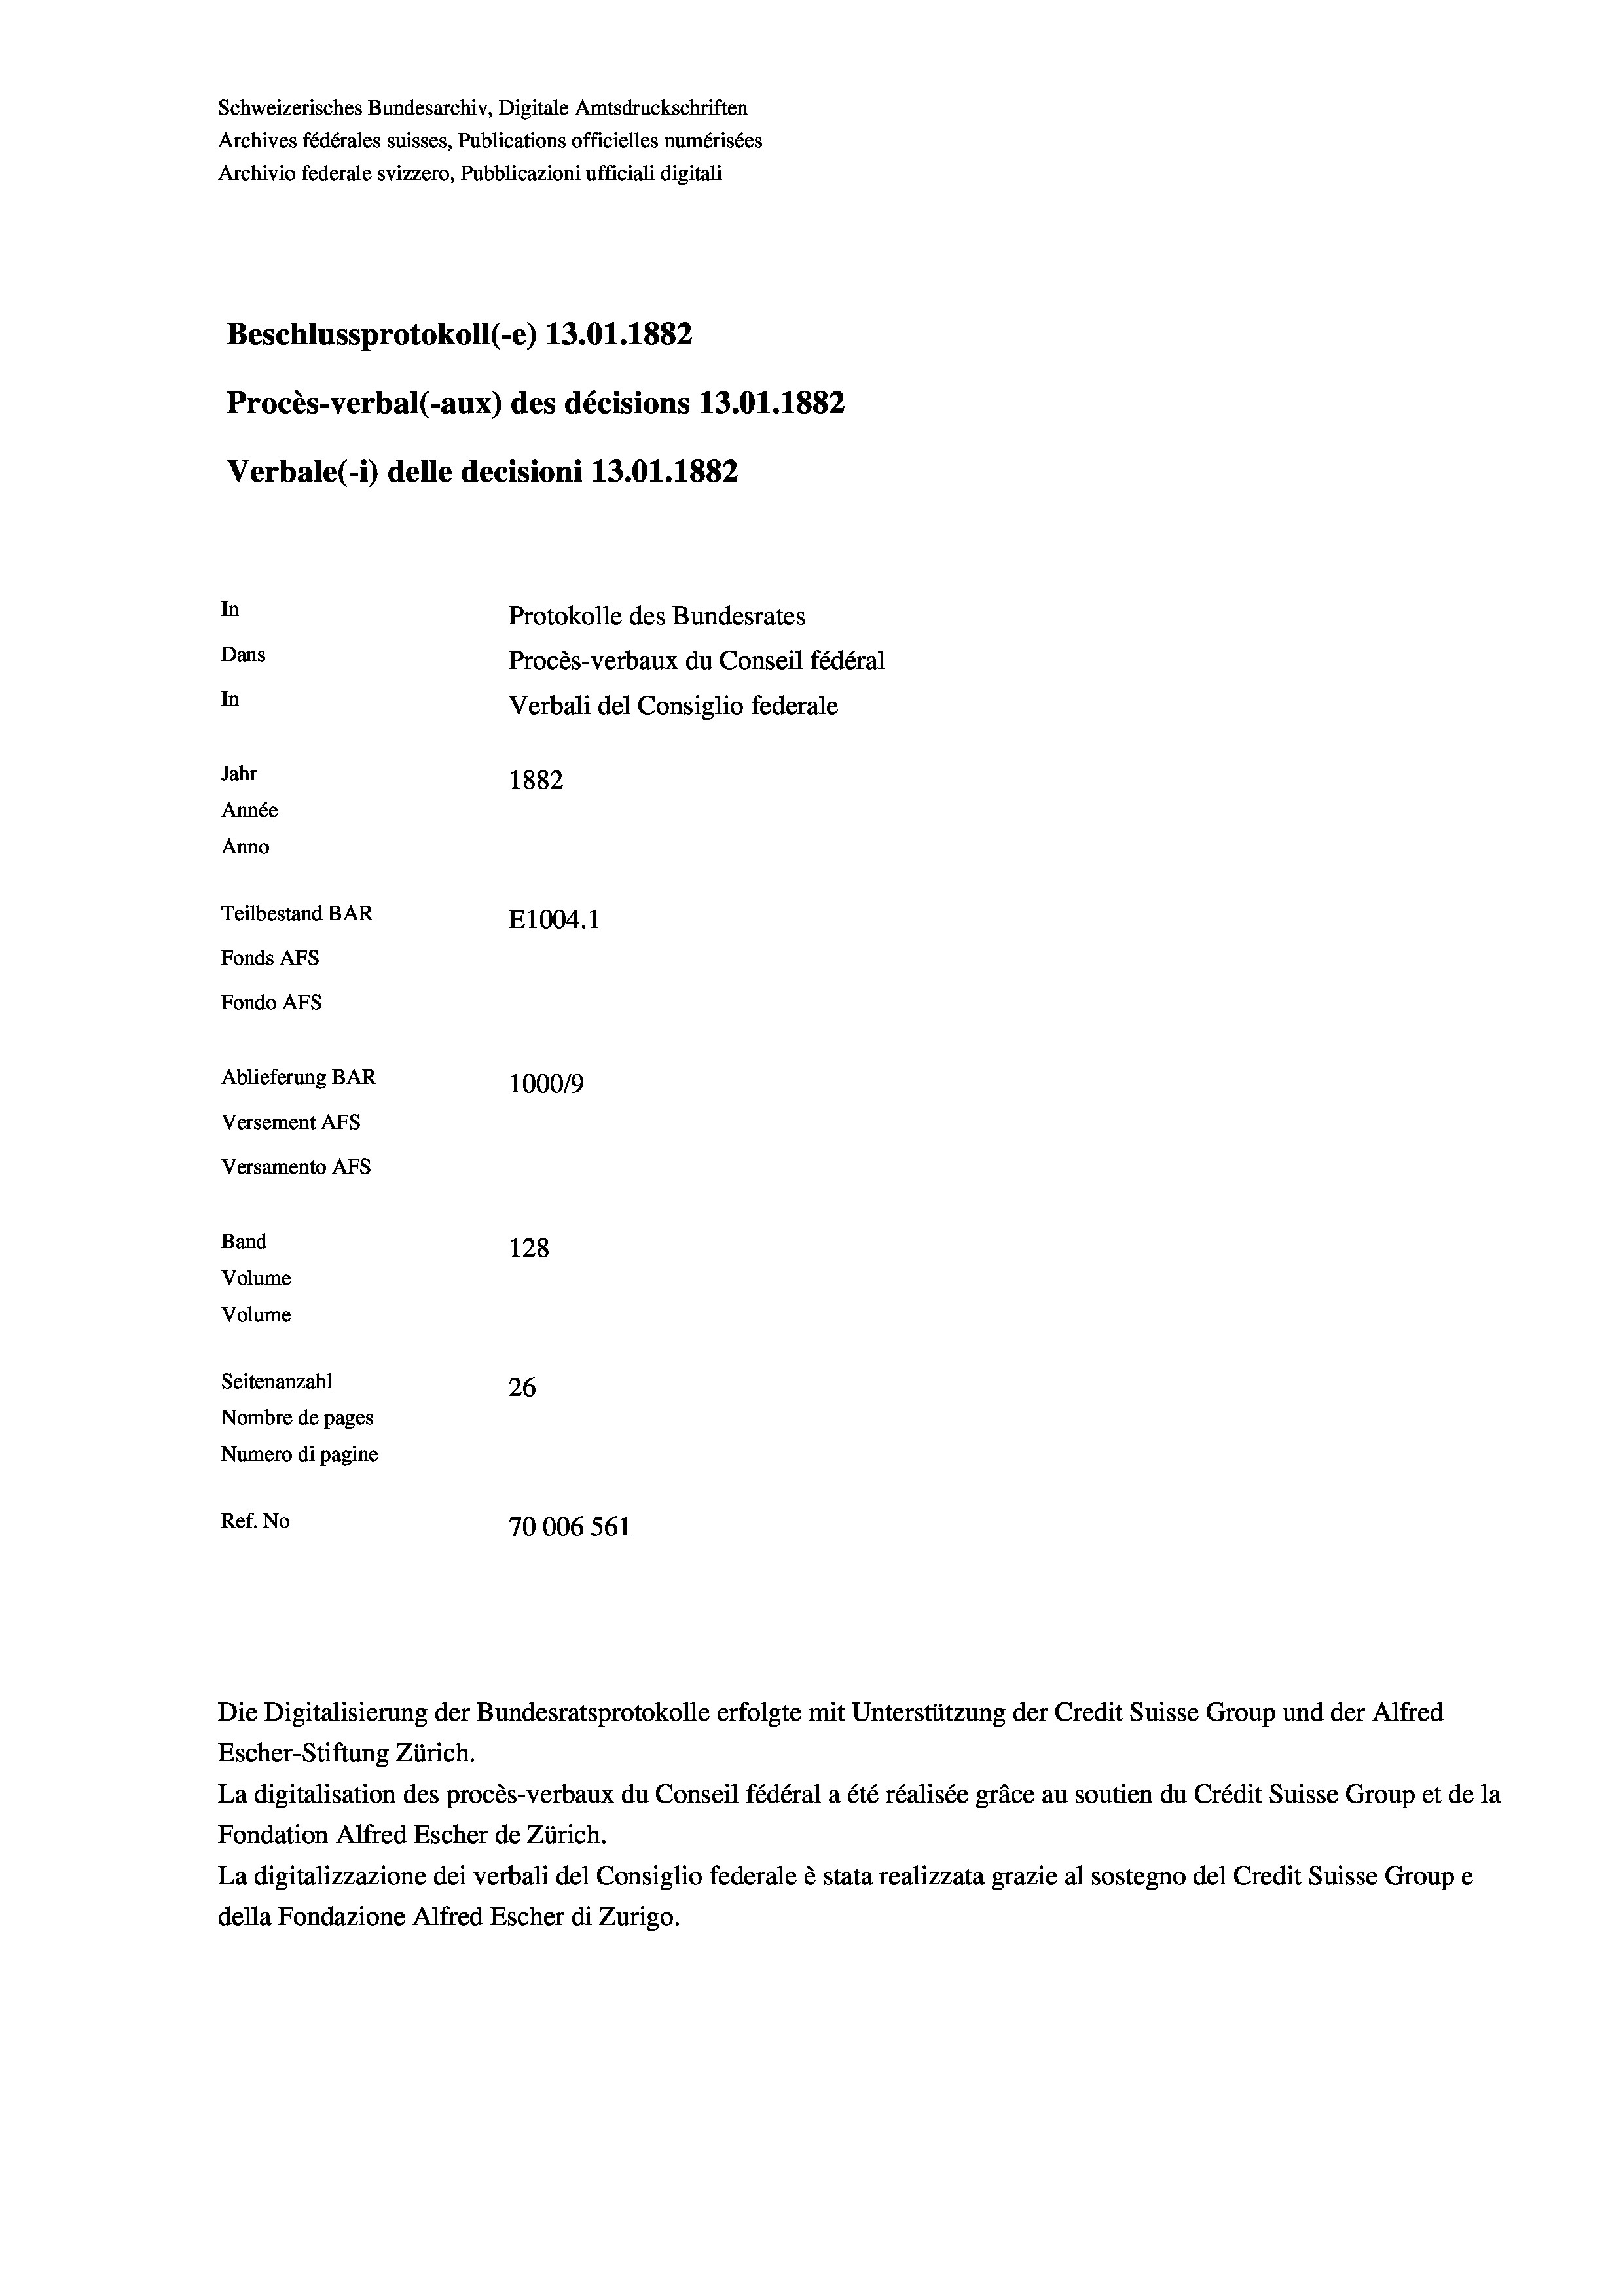
Schweizerisches Bundesarchiv, Digitale Amtsdruckschriften
Archives fédérales suisses, Publications officielles numérisées
Archivio federale svizzero, Pubblicazioni ufficiali digitali
Beschlussprotokoll (-e) 13.01. 1882
Procès-verbal (-aux) des décisions 13.01.1882
Verbale(-*) delle decisioni 13.01. 1882
In
Protokolle des Bundesrates
Dans
Procès-verbaux du Conseil fédéral
In
Verbali del Consiglio federale
Jahr
1882
Année
Anno
Teilbestand BAR
E1004.1
Fonds Afs
Fondo AFs
Ablieferung BAR
1000/9
Versement Abs
Versamento AFs
Band
128
Volume
Volume
Seitenanzahl
26
Nombre de pages
Numero di pagine
Ref. No
70006 561

Die Digitalisierung der Bundesratsprotokolle erfolgte mit Unterstützung der Credit Suisse Group und der Alfred
Escher-Stiftung Zürich.
La digitalisation des procès-verbaux du Conseil fédéral a été réalisée gräce au soutien du Crédit Suisse Group et de la
Fondation Alfred Escher de Zürich.
La digitalizzazione dei verbali del Consiglio federale è stata realizzata grazie al sostegno del Credit Suisse Groupe
della Fondazione Alfred Escher di Zurigo.